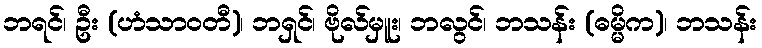
ဘရင်၊ ဦး (ဟံသာဝတီ)၊ ဘရှင်၊ ဗိုလ်မှူး၊ ဘလွင်၊ ဘသန်း (ဓမ္မိက)၊ ဘသန်း